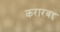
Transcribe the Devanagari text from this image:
करारबद्द